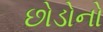
છોડોનો